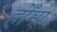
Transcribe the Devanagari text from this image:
होँना